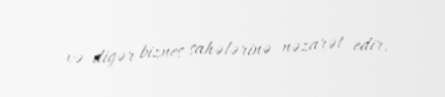
və digər biznes sahələrinə nəzarət edir.